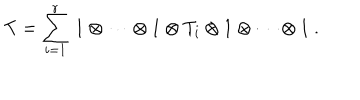
LaTeX: T = \sum _ { i = 1 } ^ { r } \, 1 \otimes \cdots \otimes 1 \otimes T _ { i } \otimes 1 \otimes \cdots \otimes 1 ~ .